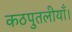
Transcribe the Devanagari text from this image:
कठपुतलीयाँ।